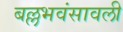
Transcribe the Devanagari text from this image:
बल्लभवंसावली